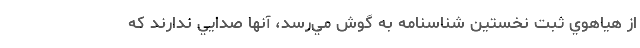
از هياهوي ثبت نخستين شناسنامه به گوش مي‌رسد، آنها صدايي ندارند كه